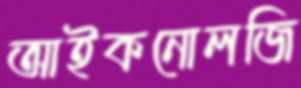
আইকনোলজি